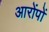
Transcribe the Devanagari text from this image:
आरोंपों